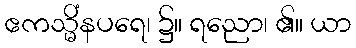
ဧကသ္မိံနပရေ၊ ၌။ ရညော၊ ၏။ ယာ